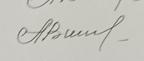
Signature authenticity: genuine